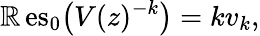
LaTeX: \operatorname{\mathbb{R}es}_{0}{\big(}V(z)^{-k}{\big)}=kv_{k},